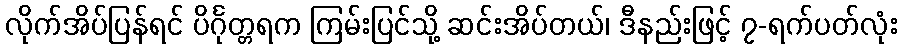
လိုက်အိပ်ပြန်ရင် ပိင်္ဂုတ္တရက ကြမ်းပြင်သို့ ဆင်းအိပ်တယ်၊ ဒီနည်းဖြင့် ၇-ရက်ပတ်လုံး